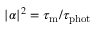
| \alpha | ^ { 2 } = \tau _ { \mathrm { m } } / \tau _ { \mathrm { p h o t } }